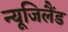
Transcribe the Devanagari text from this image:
न्यूजिलैंड